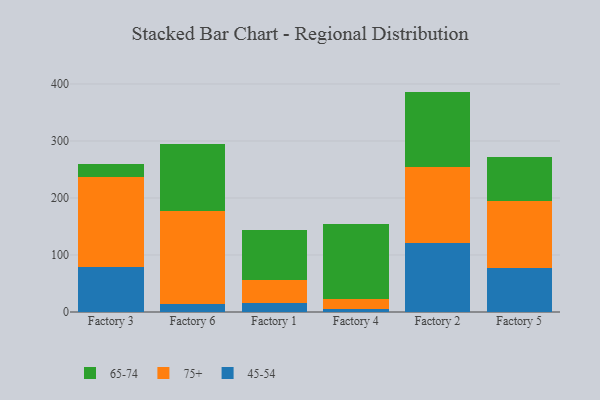
{"axis": {"x": "Factory", "y": "Population (Million)"}, "legend": ["45-54", "65-74", "75+"], "data": [{"x": "Factory 3", "y": 79.7, "type": "45-54"}, {"x": "Factory 3", "y": 156.9, "type": "75+"}, {"x": "Factory 3", "y": 23.1, "type": "65-74"}, {"x": "Factory 6", "y": 14.2, "type": "45-54"}, {"x": "Factory 6", "y": 163.4, "type": "75+"}, {"x": "Factory 6", "y": 117.9, "type": "65-74"}, {"x": "Factory 1", "y": 16.3, "type": "45-54"}, {"x": "Factory 1", "y": 39.1, "type": "75+"}, {"x": "Factory 1", "y": 88.4, "type": "65-74"}, {"x": "Factory 4", "y": 5.8, "type": "45-54"}, {"x": "Factory 4", "y": 17.0, "type": "75+"}, {"x": "Factory 4", "y": 132.0, "type": "65-74"}, {"x": "Factory 2", "y": 121.8, "type": "45-54"}, {"x": "Factory 2", "y": 133.3, "type": "75+"}, {"x": "Factory 2", "y": 131.5, "type": "65-74"}, {"x": "Factory 5", "y": 77.2, "type": "45-54"}, {"x": "Factory 5", "y": 117.9, "type": "75+"}, {"x": "Factory 5", "y": 77.2, "type": "65-74"}]}